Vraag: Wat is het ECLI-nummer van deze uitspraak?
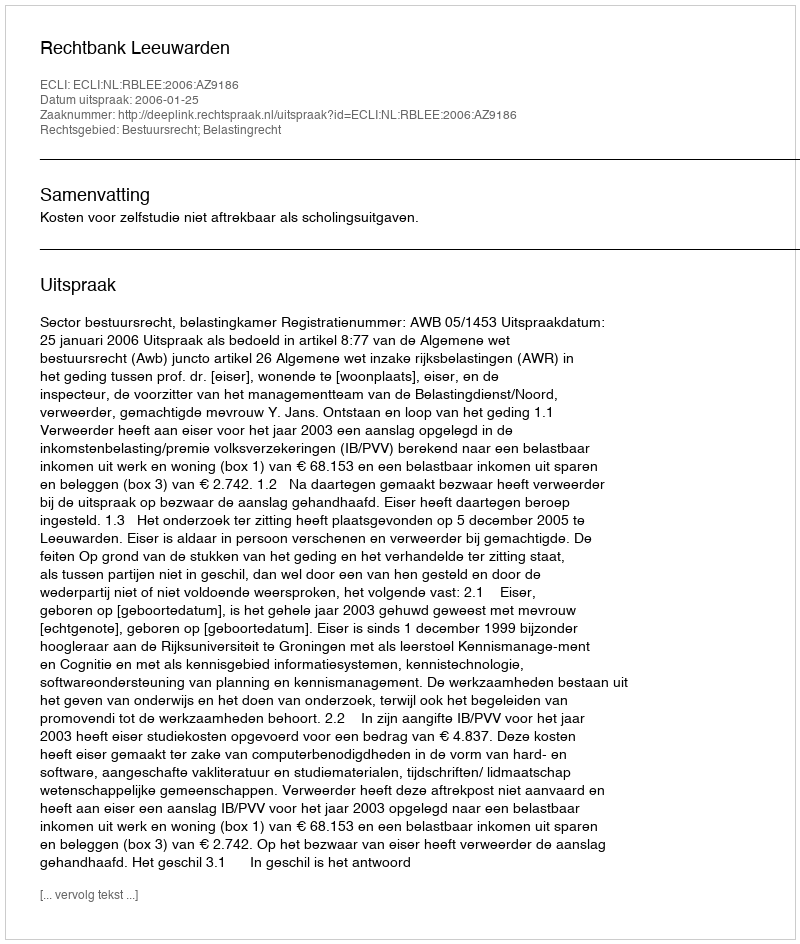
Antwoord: ECLI:NL:RBLEE:2006:AZ9186